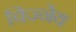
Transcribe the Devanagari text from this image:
विज्नेय